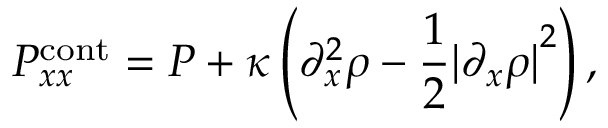
P _ { x x } ^ { \mathrm { c o n t } } = P + \kappa \left( \partial _ { x } ^ { 2 } \rho - \frac { 1 } { 2 } { \lvert \partial _ { x } \rho \lvert } ^ { 2 } \right) ,